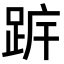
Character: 𨀠